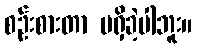
စဉ်းစားတာ မရှိခဲ့ပါဘူး။